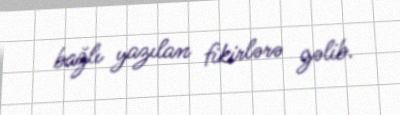
bağlı yazılan fikirlərə gəlib.